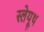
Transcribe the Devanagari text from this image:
स्लेयूथ